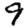
Digit: 9